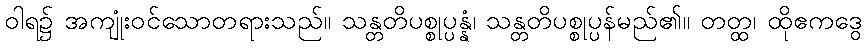
ဝါရ၌ အကျုံးဝင်သောတရားသည်။ သန္တတိပစ္စုပ္ပန္နံ၊ သန္တတိပစ္စုပ္ပန်မည်၏။ တတ္ထ၊ ထိုဧကဒွေ